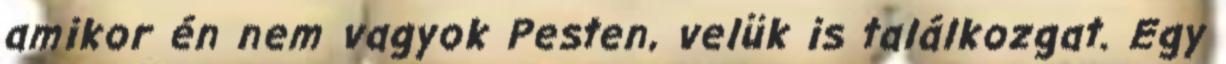
amikor én nem vagyok Pesten, velük is találkozgat. Egy